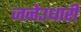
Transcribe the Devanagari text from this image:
जनेउधारी